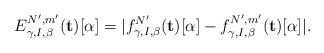
LaTeX: \begin{align*} E^{N',m'}_{\gamma, I, \beta}(\mathbf{t})[\alpha] = |f_{\gamma, I, \beta}^{N'}(\mathbf{t})[\alpha] - f^{N', m'}_{\gamma, I, \beta}(\mathbf{t})[\alpha]|.\end{align*}